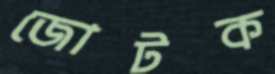
জোটক